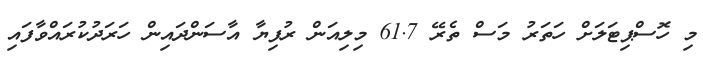
މި ހޮސްޕިޓަލަށް ހަތަރު މަސް ތެރޭ 61.7 މިލިއަން ރުފިޔާ އާސަންދައިން ހަރަދުކުރައްވާފައި